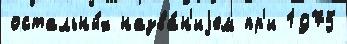
остальны́х назва́н'иjем пр'и 1975